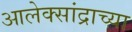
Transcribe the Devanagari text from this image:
आलेक्सांद्राच्या